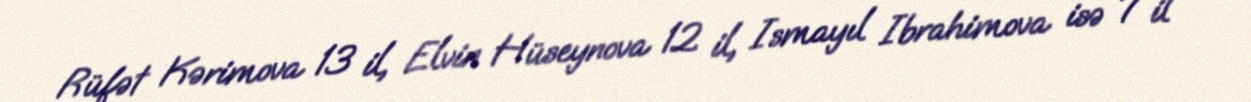
Rüfət Kərimova 13 il, Elvin Hüseynova 12 il, Ismayıl Ibrahimova isə 7 il